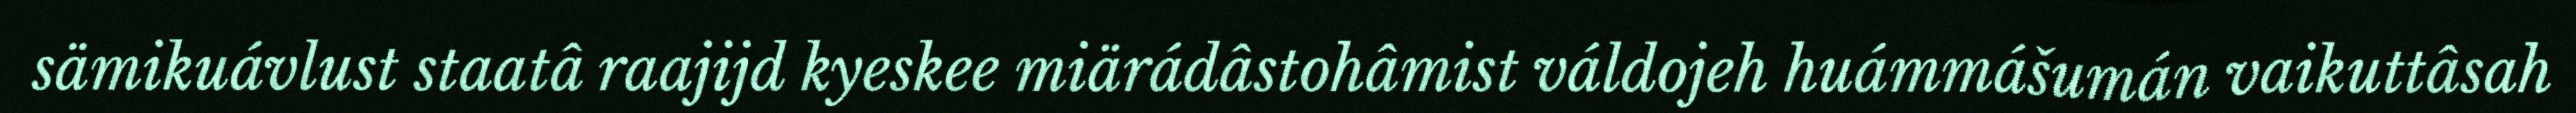
sämikuávlust staatâ raajijd kyeskee miärádâstohâmist váldojeh huámmášumán vaikuttâsah